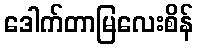
ဒေါက်တာမြလေးစိန်